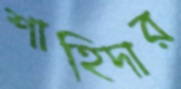
শাহিদার